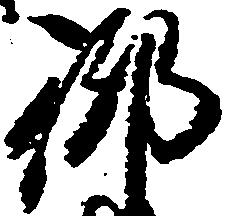
御